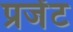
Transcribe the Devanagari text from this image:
प्रजेंट